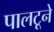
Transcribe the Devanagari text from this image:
पालटूने